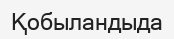
Қобыландыда